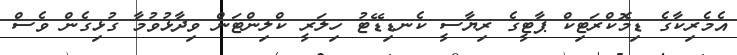
އެމެރިކާގެ ޑިމޮކްރަޓިކް ޕާޓީގެ ރިޔާސީ ކެނޑިޑޭޓު ހިލަރީ ކްލިންޓަން ވިދާޅުވުމާ ގުޅިގެން ވެސް